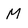
Character: M